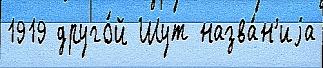
1919 друго́й Шут назва́н'иjа